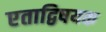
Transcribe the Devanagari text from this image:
एताद्विषयक